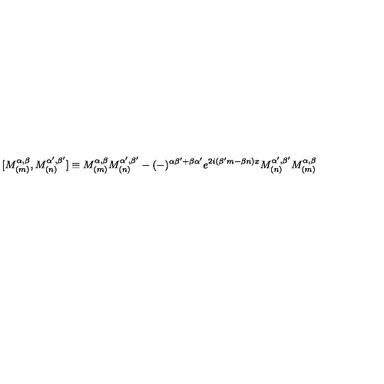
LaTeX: \lbrack M _ { ( m ) } ^ { \alpha , \beta } , M _ { ( n ) } ^ { \alpha ^ { \prime } , \beta ^ { \prime } } ] \equiv M _ { ( m ) } ^ { \alpha , \beta } M _ { ( n ) } ^ { \alpha ^ { \prime } , \beta ^ { \prime } } - ( - ) ^ { \alpha \beta ^ { \prime } + \beta \alpha ^ { \prime } } e ^ { 2 i ( \beta ^ { \prime } m - \beta n ) x } M _ { ( n ) } ^ { \alpha ^ { \prime } , \beta ^ { \prime } } M _ { ( m ) } ^ { \alpha , \beta }